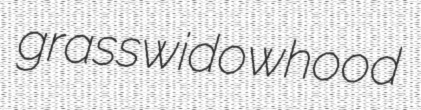
grasswidowhood